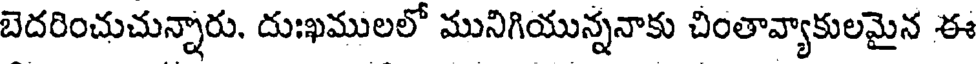
బెదరించుచున్నారు. దుఃఖములలో మునిగియున్ననాకు చింతావ్యాకులమైన ఈ